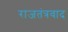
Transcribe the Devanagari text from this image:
राजतंत्रवाद